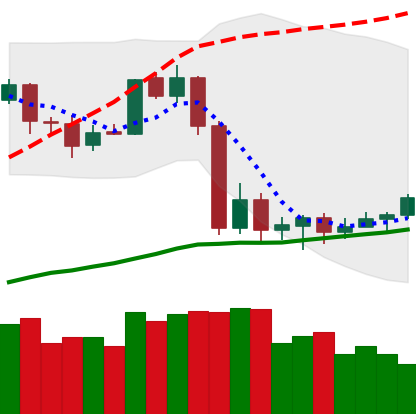
Ticker: LTC-USD
Chart end date: 2020-09-12
Forward return: -3.818%
Label: down_3_5